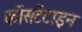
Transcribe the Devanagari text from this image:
कोंसटेंटाइन